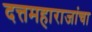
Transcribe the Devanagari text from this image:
दत्तमहाराजांचा